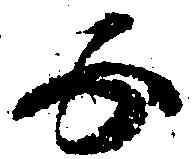
五